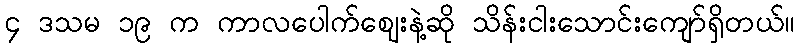
၄ ဒသမ ၁၉ က ကာလပေါက်ဈေးနဲ့ဆို သိန်းငါးသောင်းကျော်ရှိတယ်။